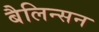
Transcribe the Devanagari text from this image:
बैलिन्सन